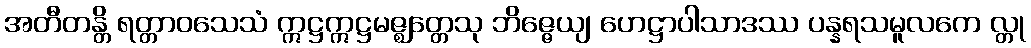
အတီတန္တိ ရတ္တာဝသေသံ ဣဋ္ဌဣဋ္ဌမဇ္ဈတ္တေသု ဘိဇ္ဇေယျ ဟေဋ္ဌာပါသာဒဿ ပန္နရသမူလကေ လ္တု